Report of the veterinary officer investigating camel disease
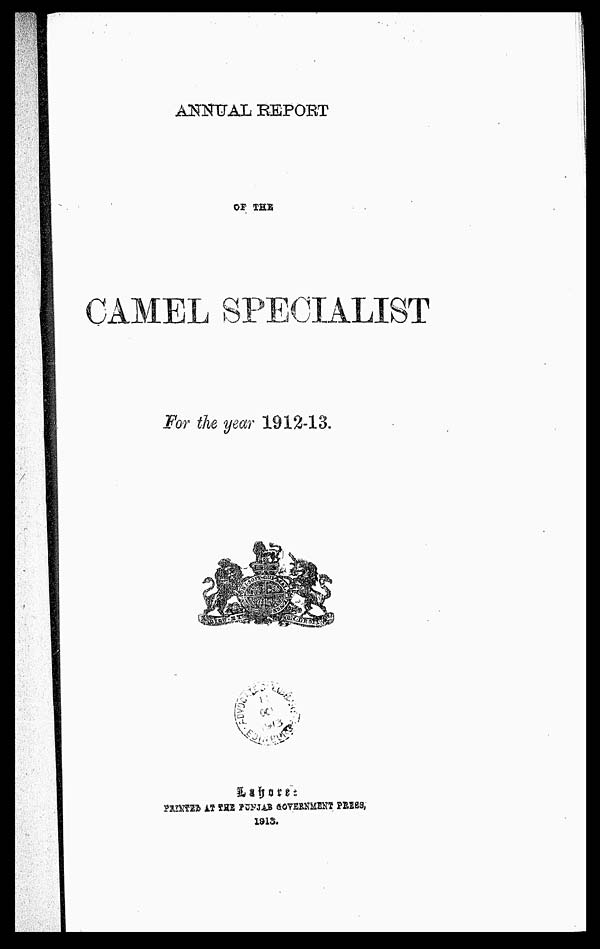
ANNUAL REPORT
OF THE
CAMEL SPECIALIST
For the year 1912-13.
PRINTED AT THE PUNJAB GOVERNMNT
PRESS,